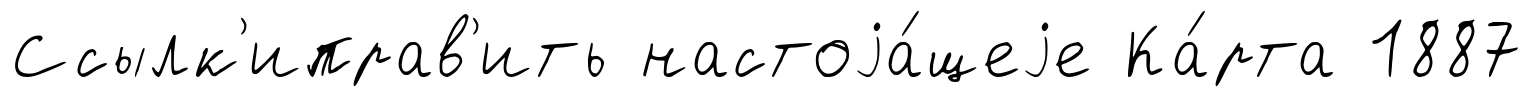
Ссылк'иправ'ить настоjа́щеjе Ка́рта 1887